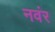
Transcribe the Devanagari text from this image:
नवंर